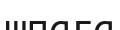
шпага